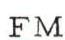
FM